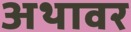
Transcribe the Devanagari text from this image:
अथावर